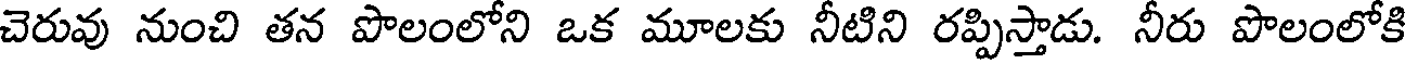
చెరువు నుంచి తన పొలంలోని ఒక మూలకు నీటిని రప్పిస్తాడు. నీరు పొలంలోకి